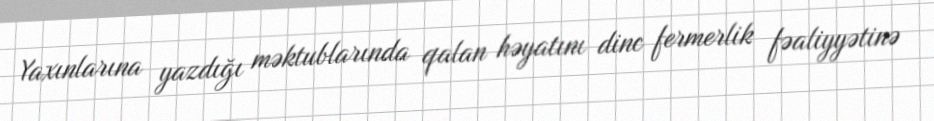
Yaxınlarına yazdığı məktublarında qalan həyatını dinc fermerlik fəaliyyətinə